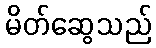
မိတ်ဆွေသည်